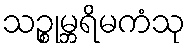
သဉ္စုမ္ဘရိမကံသု